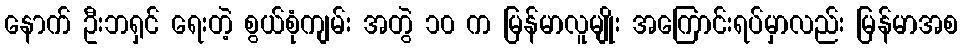
နောက် ဦးဘရှင် ရေးတဲ့ စွယ်စုံကျမ်း အတွဲ ၁၀ က မြန်မာလူမျိုး အကြောင်းရပ်မှာလည်း မြန်မာအစ